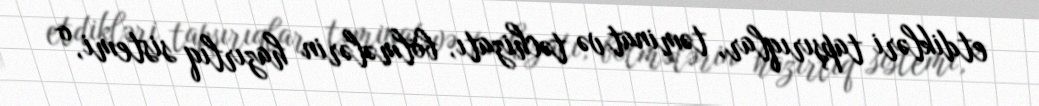
etdikləri tapşırıqlar, təminat və təchizatı, bölmələrin hazırlıq sistemi, o